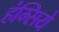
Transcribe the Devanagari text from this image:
हंम्सिये